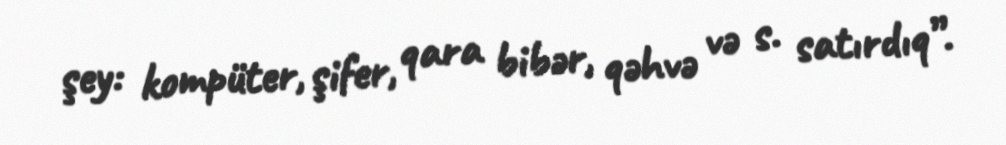
şey: kompüter, şifer, qara bibər, qəhvə və s. satırdıq”.